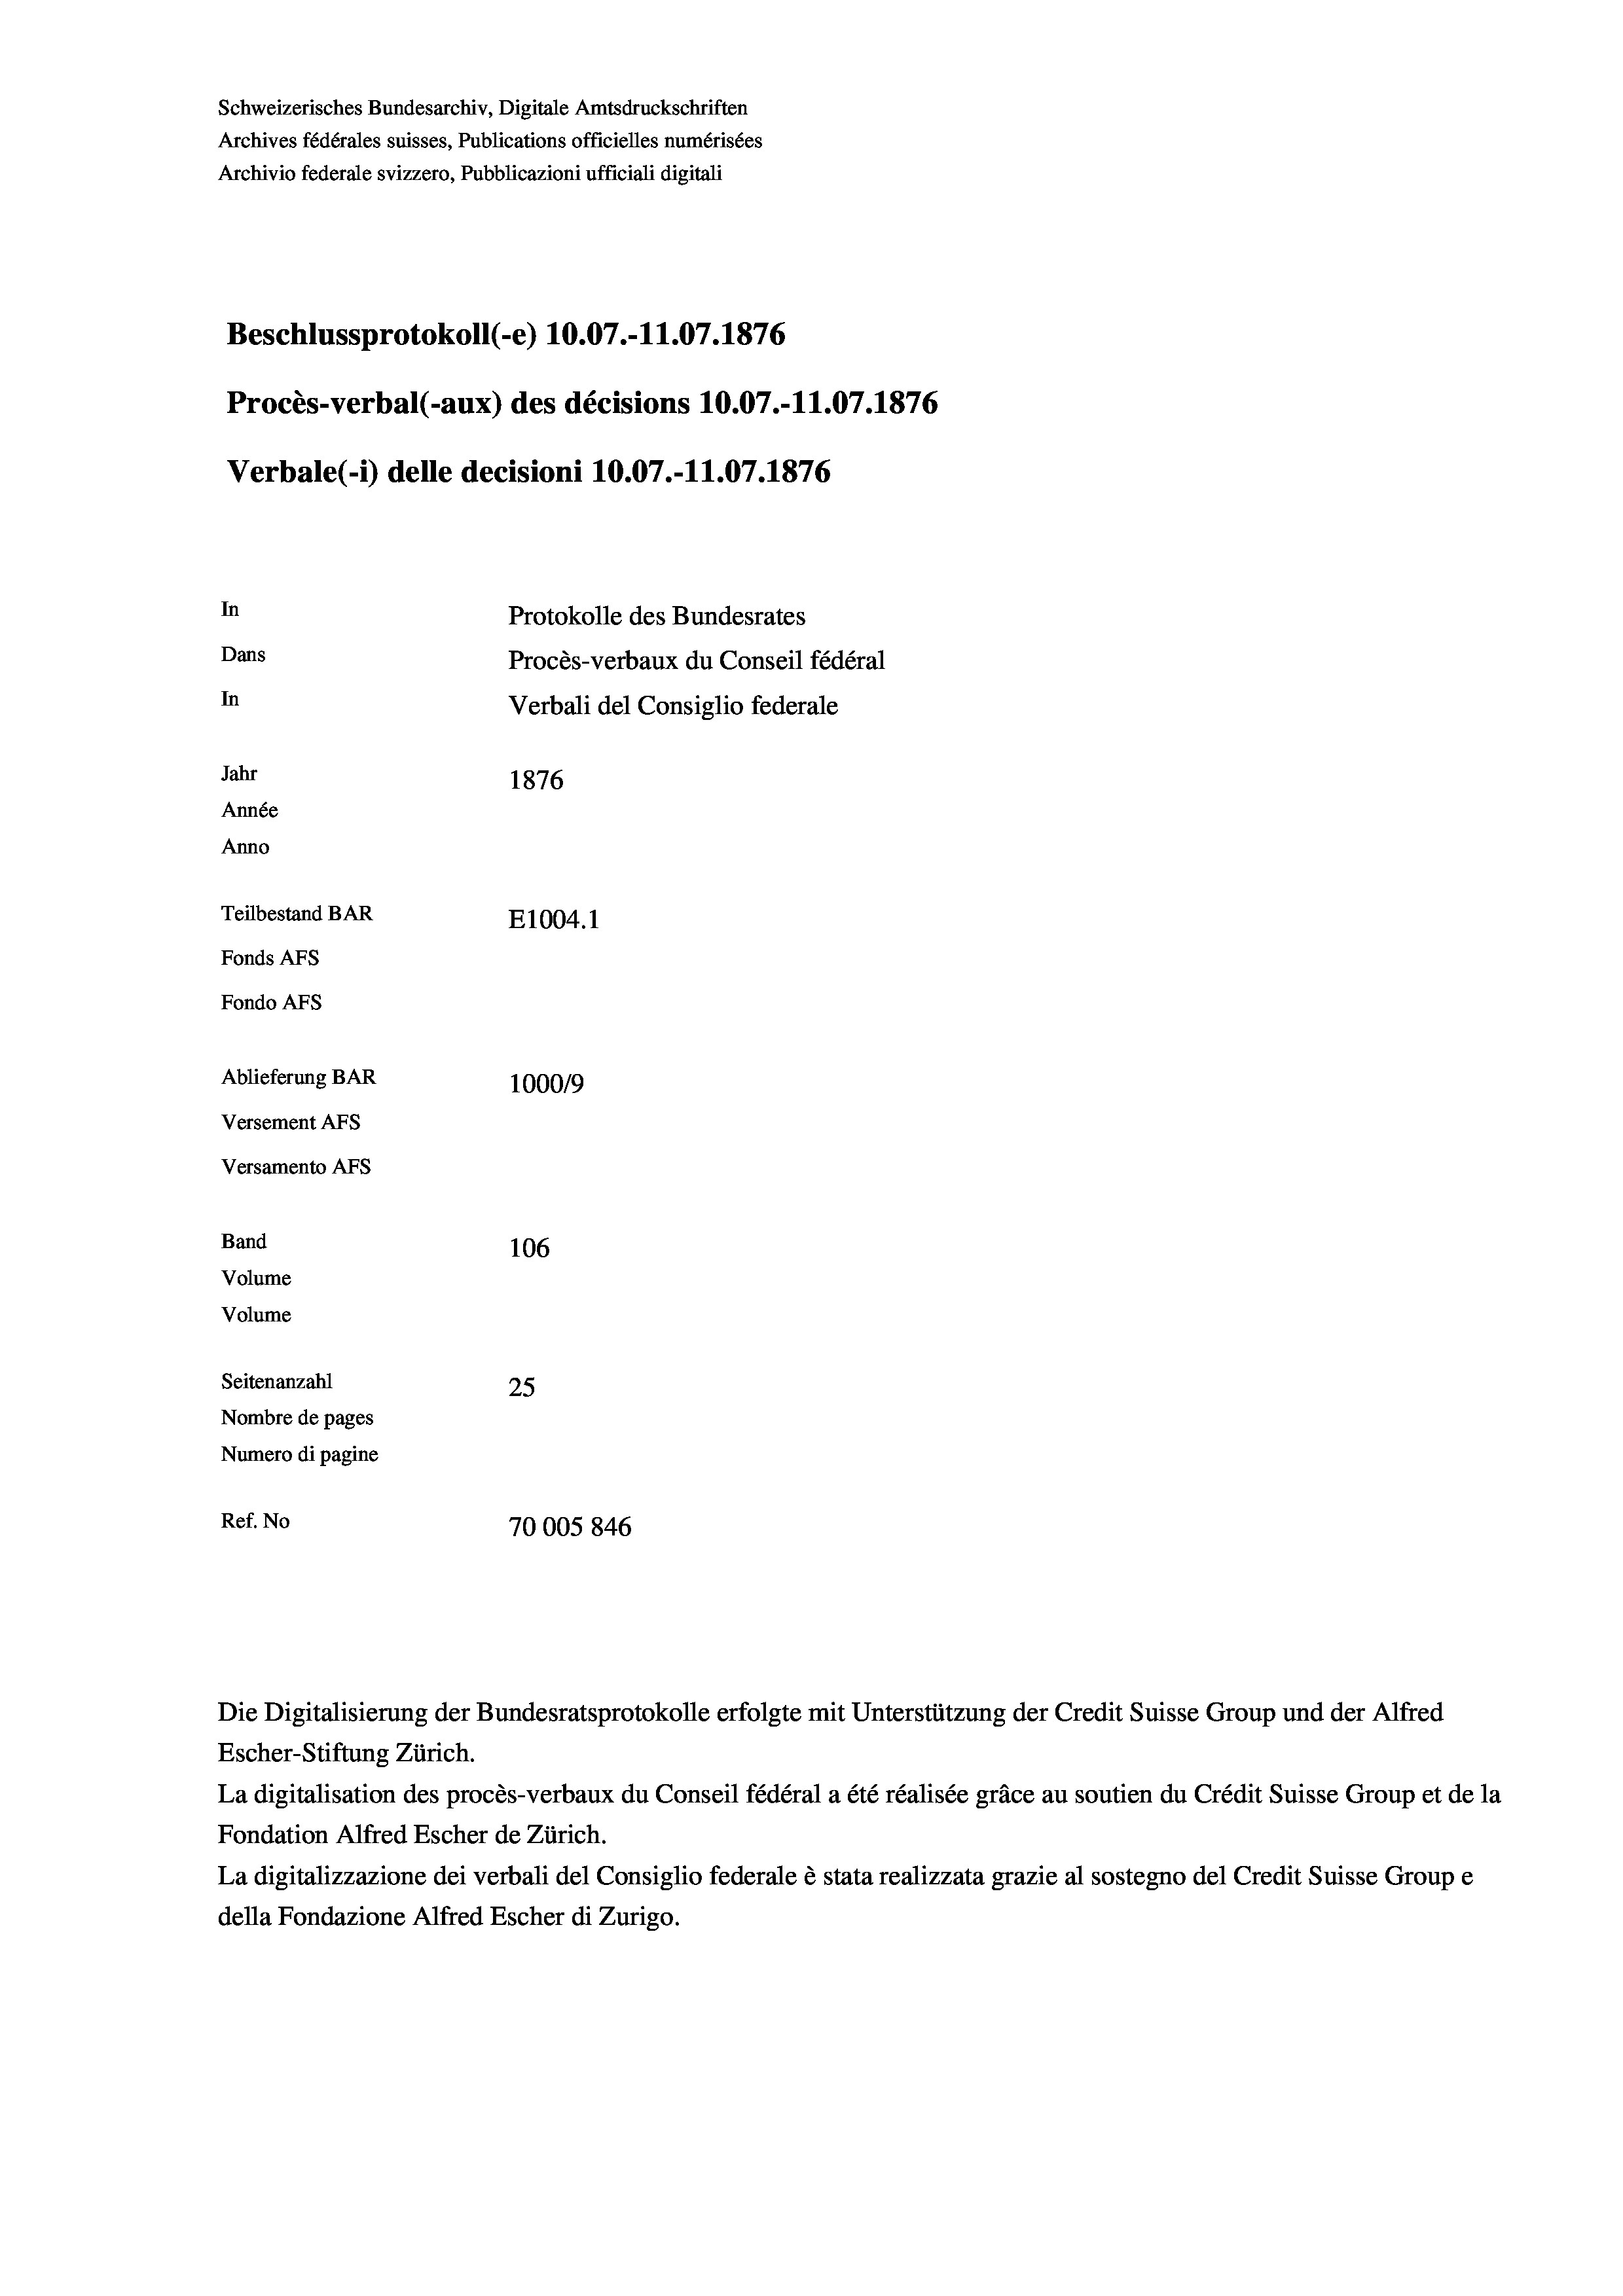
Schweizerisches Bundesarchiv, Digitale Amtsdruckschriften
Archives fédérales suisses, Publications officielles numérisées
Archivio federale svizzero, Pubblicazioni ufficiali digitali
Beschlussprotokoll (-e) 10.07.-11.07. 1876
Procès-verbal (-aux) des décisions 10.07.-11.07. 1876
Verbale (- 1) delle decisioni 10.07.-11.07. 1876
In
Protokolle des Bundesrates
Dans
Procès-verbaux du Conseil fédéral
In
Verbali del Consiglio federale
Jahr
1876
Année
Anno
Teilbestand BAR
E1004. 1
Fonds AFs
Fondo Afs
Ablieferung BAR
100019
Versement AFs
Versamento Afs
Band
106
Volume
Volume
Seitenanzahl
25
Nombre de pages
Numero di pagine
Ref. No
70005 846

Escher-Stiftung Zürich.
La digitalisation des procès-verbaux du Conseil fédéral a été réalisée gräce au soutien du Crédit Suisse Group et de la
Fondation Alfred Escher de Zürich.
La digitalizzazione dei verbali del Consiglio federale è stata realizzata grazie al sostegno del Credit Suisse Groupe
della Fondazione Alfred Escher di Zurigo.

Die Digitalisierung der Bundesratsprotokolle erfolgte mit Unterstützung der Credit Suisse Group und der Alfred